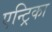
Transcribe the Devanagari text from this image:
एन्ट्रिका